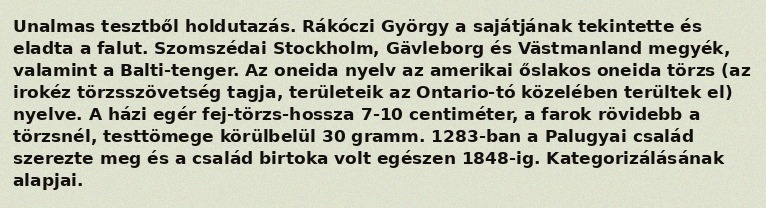
Unalmas tesztből holdutazás. Rákóczi György a sajátjának tekintette és eladta a falut. Szomszédai Stockholm, Gävleborg és Västmanland megyék, valamint a Balti-tenger. Az oneida nyelv az amerikai őslakos oneida törzs (az irokéz törzsszövetség tagja, területeik az Ontario-tó közelében terültek el) nyelve. A házi egér fej-törzs-hossza 7-10 centiméter, a farok rövidebb a törzsnél, testtömege körülbelül 30 gramm. 1283-ban a Palugyai család szerezte meg és a család birtoka volt egészen 1848-ig. Kategorizálásának alapjai.